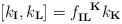
\begin{align*}[k_\mathbf{I}, k_\mathbf{L}]= f_{\mathbf{I} \mathbf{L}}^{\ \ \mathbf{K}} k_\mathbf{K}\end{align*}